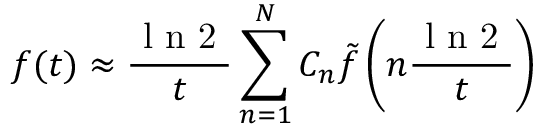
f ( t ) \approx \frac { \mathrm { ~ l ~ n ~ 2 ~ } } { t } \sum _ { n = 1 } ^ { N } C _ { n } \tilde { f } \left( n \frac { \mathrm { ~ l ~ n ~ 2 ~ } } { t } \right)